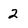
Character: 2